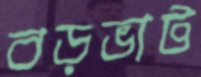
বড়ভাট